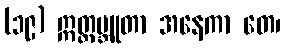
(၁၉) ဣတ္ထမ္ဘူတာ အနေကာ တေ၊